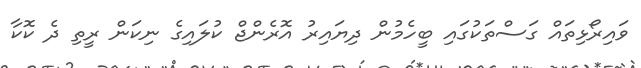
ވައިރޯޅިތައް ގަސްތަކުގައި ބީހެމުން ދިޔައިރު އޮރެންޖް ކުލައިގެ ނިކަން ރީތި ދެ ކޮކާ